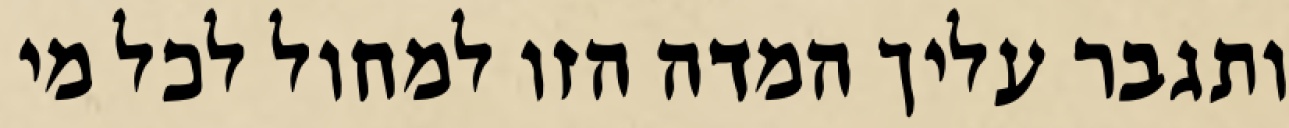
ותגבר עליך המדה הזו למחול לכל מי